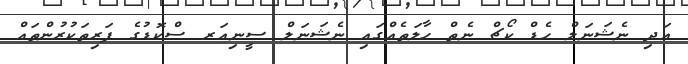
އަދި ނެޝަނަލް ހެޑް ކޯޗް ނެތް ޙާލަތެއްގައި ނެޝަނަލް ސީނިއަރ ސްކޮޑުގެ ފަރިތަކުރުންތައް